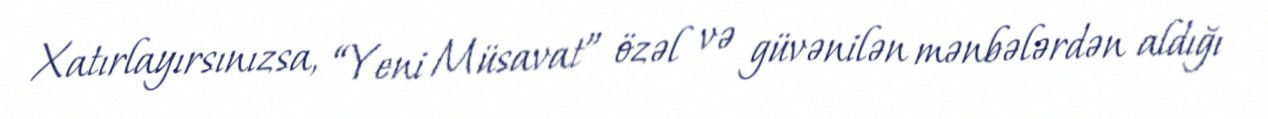
Xatırlayırsınızsa, “Yeni Müsavat” özəl və güvənilən mənbələrdən aldığı